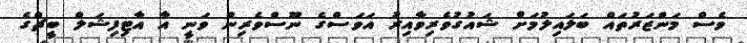
ވެސް މަންޒަރުތައް ބަލައިލުމަށް ޝައުގުވެރިވާއިރު އަވަސްގެ ނޫސްވެރިން ވަނީ އާ އާޓިފިޝަލް ބީޗްގެ